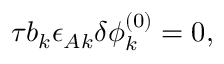
\begin{array} { r } { \tau b _ { k } \epsilon _ { A k } \delta \phi _ { k } ^ { ( 0 ) } = 0 , } \end{array}